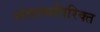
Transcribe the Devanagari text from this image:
नांवाव्यतिरिक्त